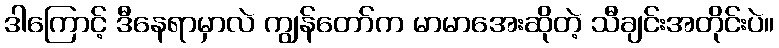
ဒါကြောင့် ဒီနေရာမှာလဲ ကျွန်တော်က မာမာအေးဆိုတဲ့ သီချင်းအတိုင်းပဲ။